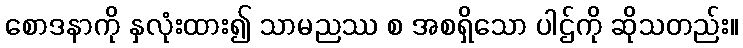
စောဒနာကို နှလုံးထား၍ သာမညဿ စ အစရှိသော ပါဌ်ကို ဆိုသတည်း။